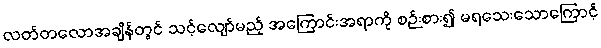
လတ်တလောအချိန်တွင် သင့်လျော်မည့် အကြောင်းအရာကို စဉ်းစား၍ မရသေးသောကြောင့်